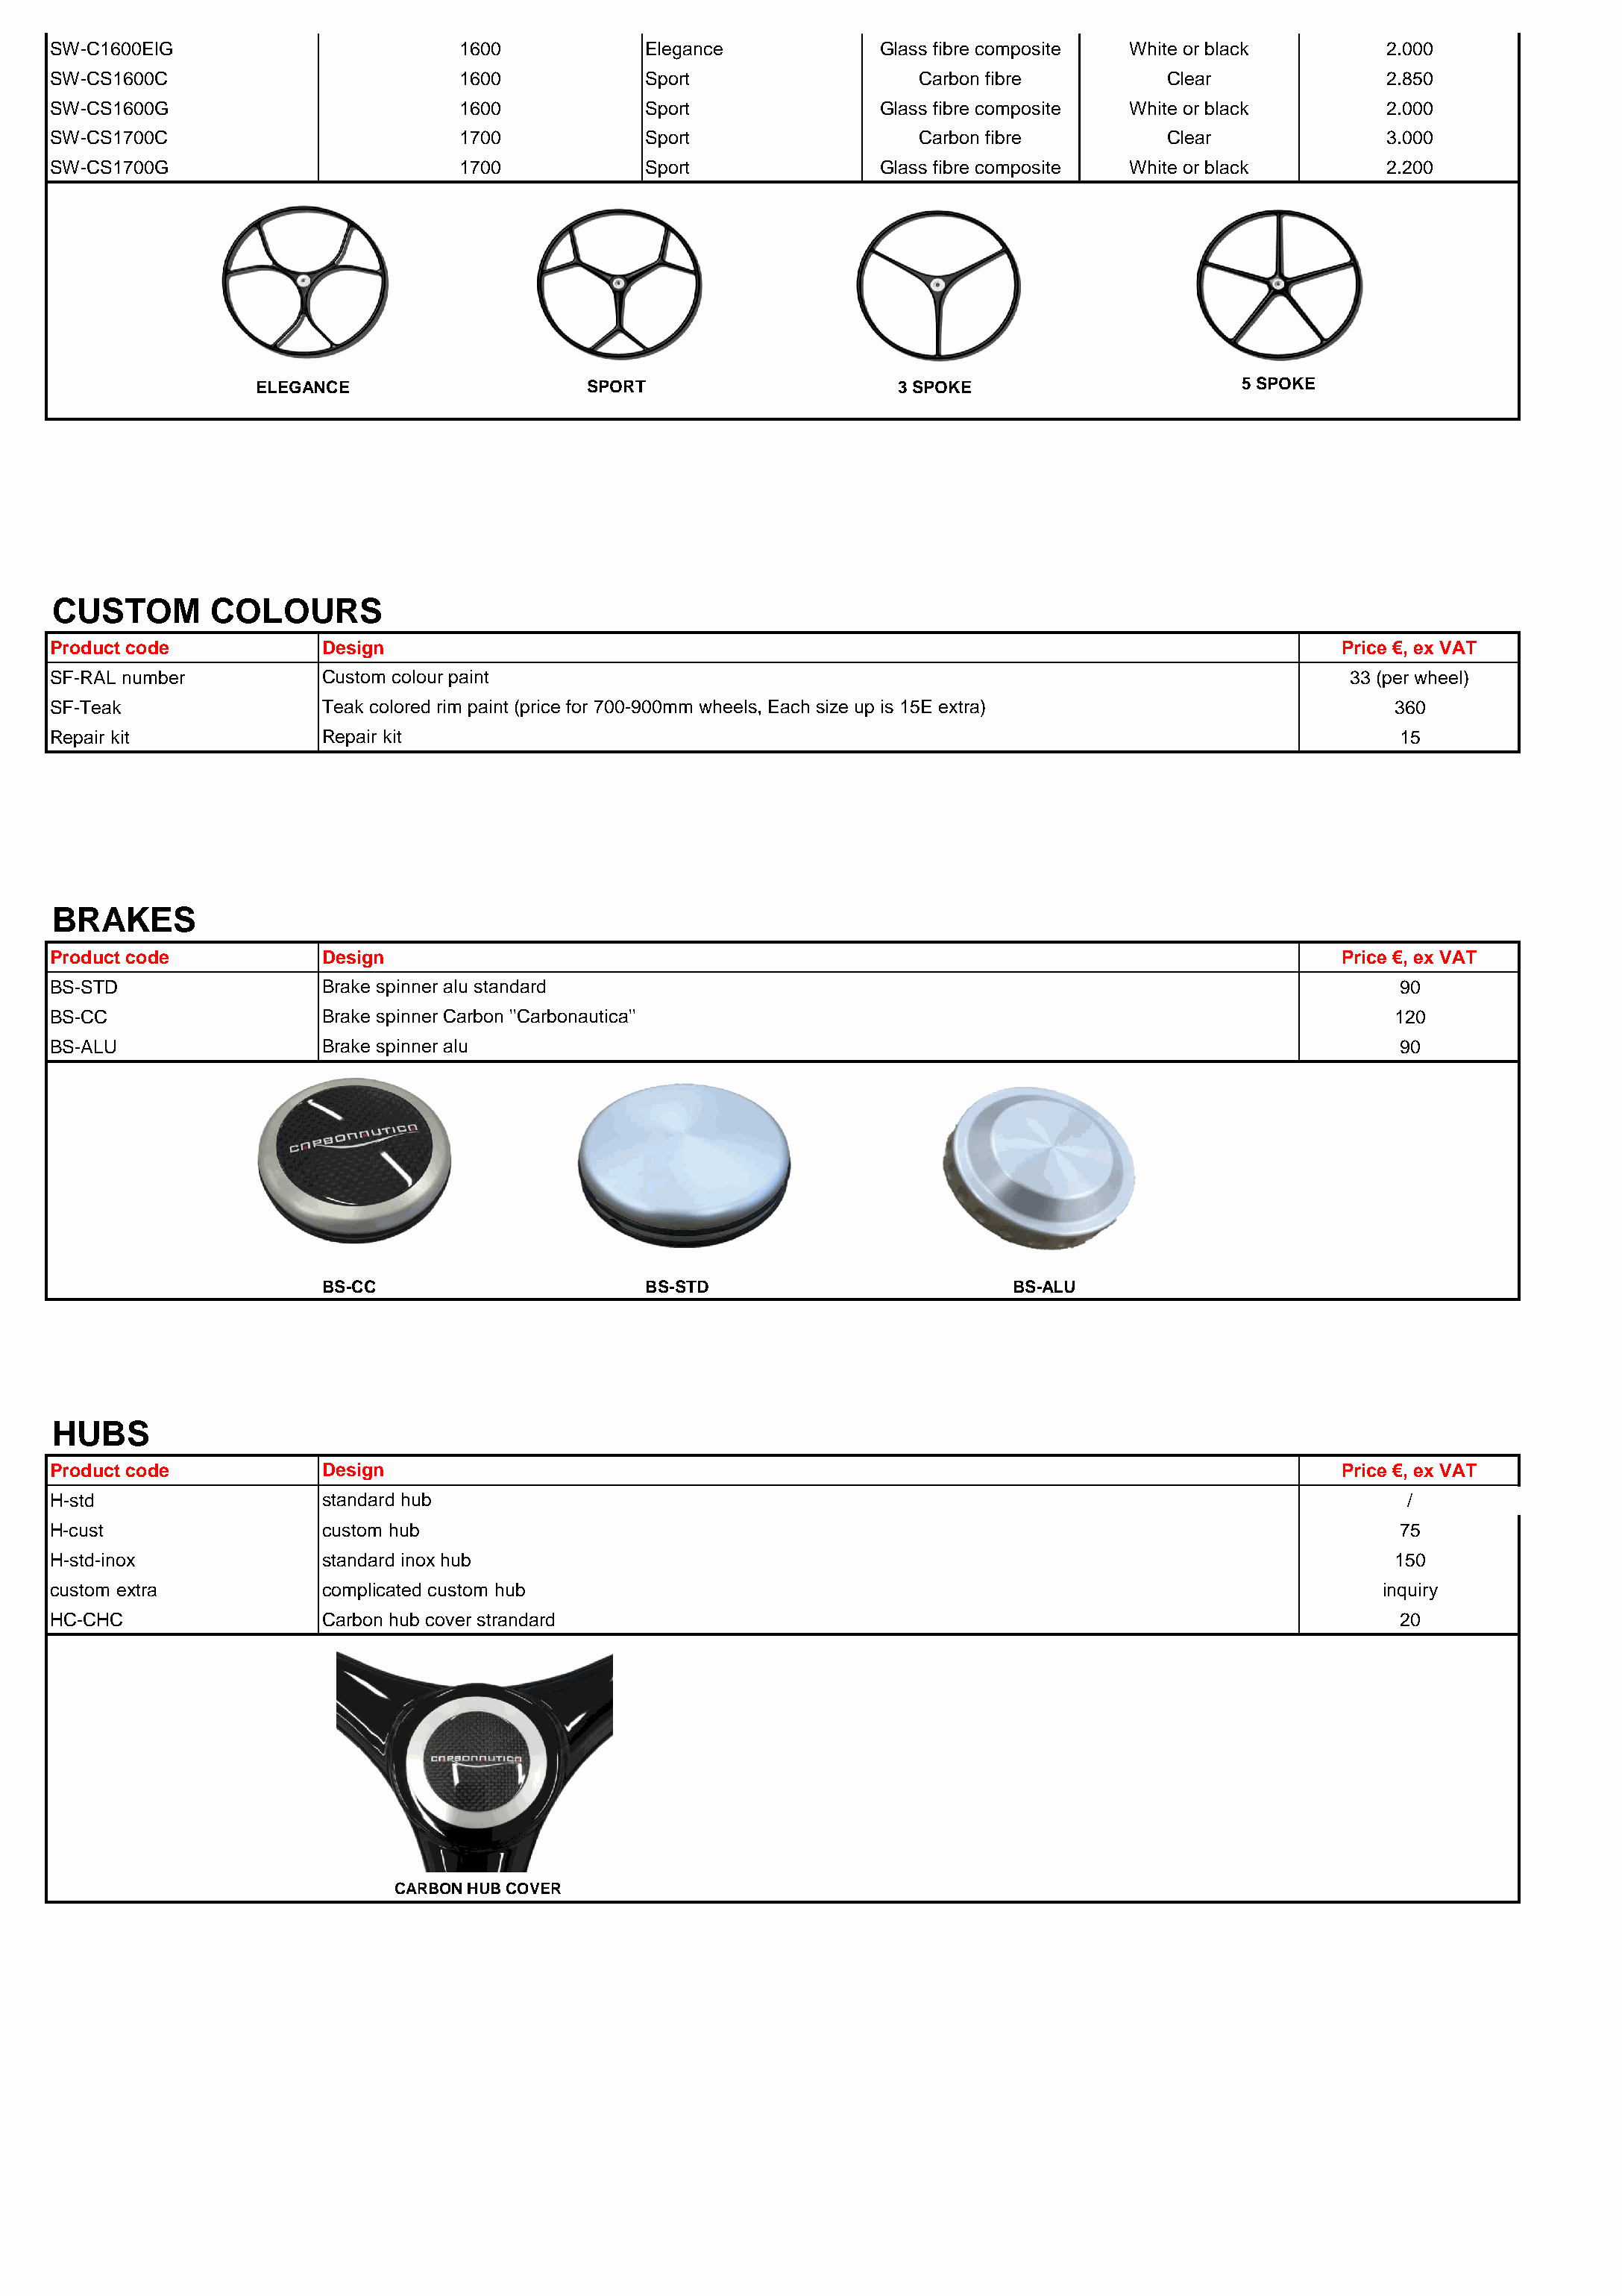
SW-C1600ElG                          1600            Elegance             Glass fibre composite White or black         2.000
 SW-CS1600C                           1600            Sport                    Carbon fibre          Clear              2.850
 SW-CS1600G                           1600            Sport                Glass fibre composite White or black         2.000
 SW-CS1700C                           1700            Sport                    Carbon fibre          Clear              3.000
 SW-CS1700G                           1700            Sport                Glass fibre composite White or black         2.200
 ELEGANCE                     SPORT                       3 SPOKE                       5 SPOKE
 CUSTOM        COLOURS
 Product code             Design                                                                                    Price €, ex VAT
 SF-RAL number            Custom colour paint                                                                        33 (per wheel)
 SF-Teak                  Teak colored rim paint (price for 700-900mm wheels, Each size up is 15E extra)                 360
 Repair kit               Repair kit                                                                                     15
 BRAKES
 Product code             Design                                                                                    Price €, ex VAT
 BS-STD                   Brake spinner alu standard                                                                     90
 BS-CC                    Brake spinner Carbon ''Carbonautica''                                                          120
 BS-ALU                   Brake spinner alu                                                                              90
 BS-CC                       BS-STD                           BS-ALU
 HUBS
 Product code             Design                                                                                    Price €, ex VAT
 H-std                    standard hub                                                                                    /
 H-cust                   custom hub                                                                                     75
 H-std-inox               standard inox hub                                                                              150
 custom extra             complicated custom hub                                                                        inquiry
 HC-CHC                   Carbon hub cover strandard                                                                     20
 CARBON HUB COVER